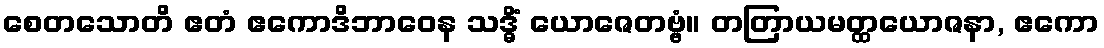
စေတသောတိ ဧတံ ဧကောဒိဘာဝေန သဒ္ဓိံ ယောဇေတဗ္ဗံ။ တတြာယမတ္ထယောဇနာ, ဧကော